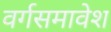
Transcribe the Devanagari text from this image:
वर्गसमावेश